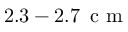
2 . 3 - 2 . 7 \, \mathrm { ~ c ~ m ~ }